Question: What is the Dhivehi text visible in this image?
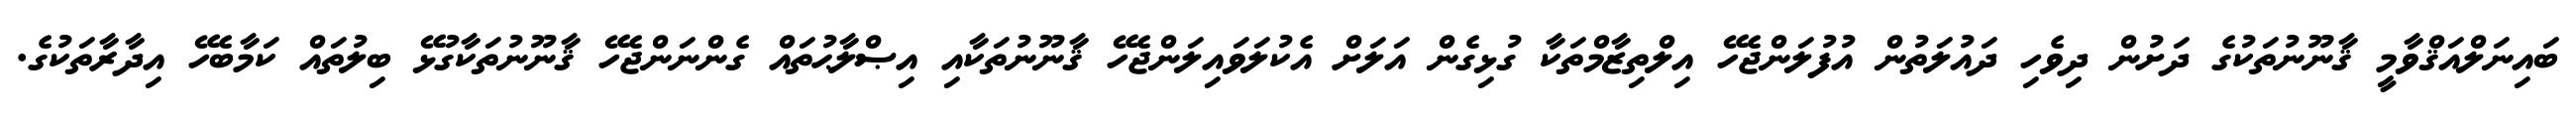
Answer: ބައިނަލްއަޤްވާމީ ޤާނޫނުތަކުގެ ދަށުން ދިވެހި ދައުލަތުން އުފުލަންޖެހޭ އިލްތިޒާމްތަކާ ގުޅިގެން އަލަށް އެކުލަވައިލަންޖެހޭ ޤާނޫނުތަކާއި އިޞްލާޙުތައް ގެންނަންޖެހޭ ޤާނޫނުތަކާގުޅޭ ބިލުތައް ކަމާބެހޭ އިދާރާތަކުގެ.